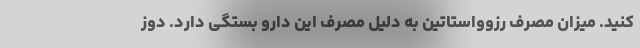
کنید. میزان مصرف رزوواستاتین به دلیل مصرف این دارو بستگی دارد. دوز